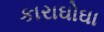
કારાઘોઘા